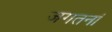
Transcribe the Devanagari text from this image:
जगतनां